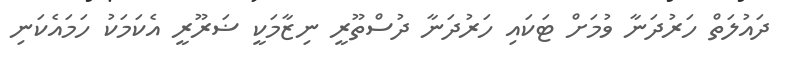
ދައުލަތް ހަރުދަނާ ވުމަށް ޓަކައި ހަރުދަނާ ދުސްތޫރީ ނިޒާމަކީ ޟަރޫރީ އެކަމަކު ހަމައެކަނި